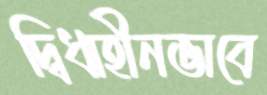
দ্বিধাহীনভাবে